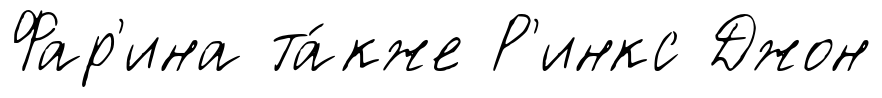
Фар'ина та́кже Р'инкс Джон